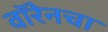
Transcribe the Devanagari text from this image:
वॉरेनचा